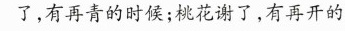
了，有再青的时候；桃花谢了，有再开的